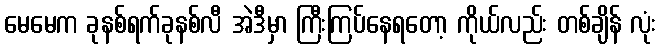
မေမေက ခုနစ်ရက်ခုနစ်လီ အဲဒီမှာ ကြီးကြပ်နေရတော့ ကိုယ်လည်း တစ်ချိန် လုံး